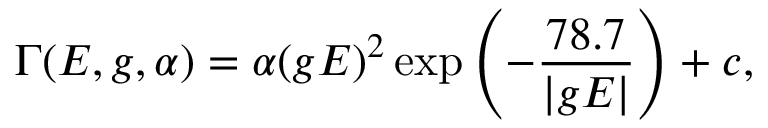
\Gamma ( E , g , \alpha ) = \alpha ( g E ) ^ { 2 } \exp { \left( - \frac { 7 8 . 7 } { \vert g E \vert } \right) } + c ,